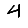
Digit: 4